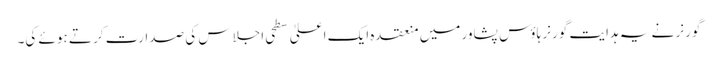
گورنر نے یہ ہدایت گورنر ہاؤس پشاور میں منعقدہ ایک اعلیٰ سطحی اجلاس کی صدارت کر تے ہوئے کی۔